NAE_ERA_R-1765_ENSV_Kirjanike_Liit_1945-1955, lk 18
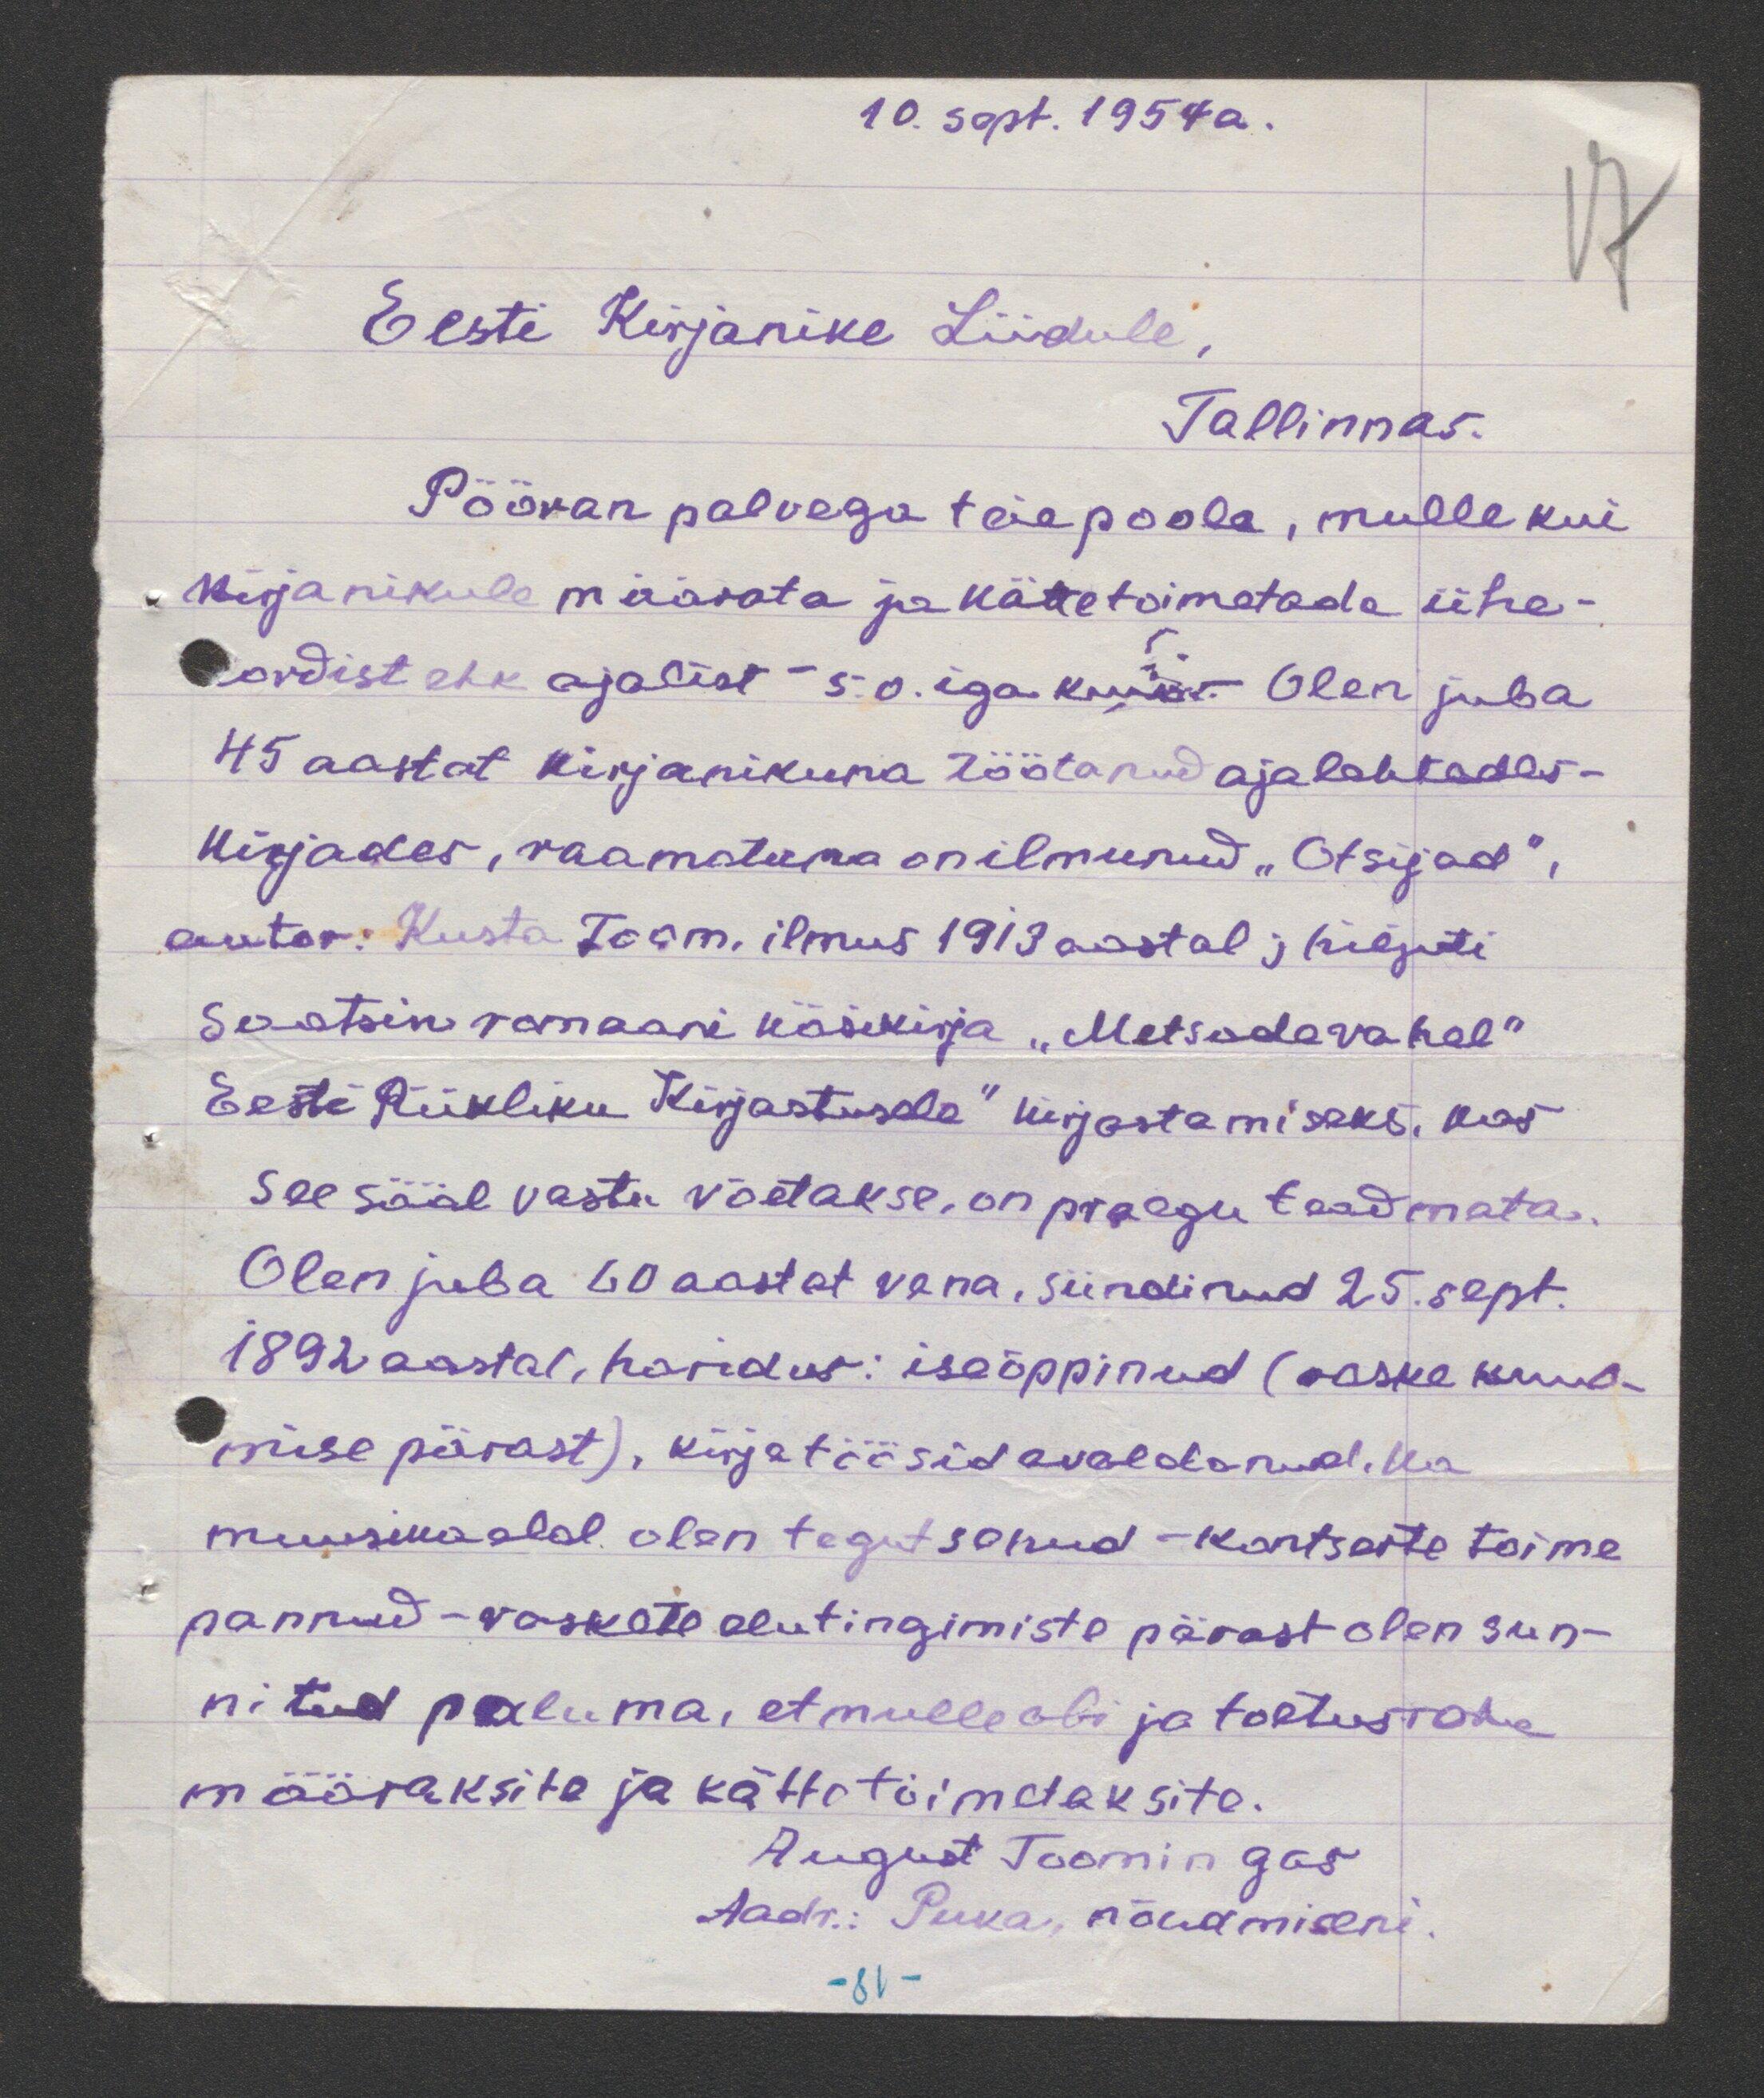
10. sept. 1954a.
Eesti Kirjanike Liidule,
Tallinnas.
Pööran palvega teie poole, mulle kui
kirjanikule määrata ja kättetoimetade ühe-
odist ehk ajalist s.o. iga kuist. Olen juba
45 aastat kirjanikuna töötanud ajalehtedes-
kirjades, raamatuna on ilmunud "Otsijad",
autor. Kusta Toom ilmus 1913 aastal ; hiljuti
saatsin romaani käsikirja "Metsade vahel"
Eesti Riikliku Kirjastusele" kirjastamiseks, kus
see sääl vastu võetakse, on praegu teadmata.
Olen juba 60 aastat vana, sündinud 25. sept.
1892 aastal, haridus: iseõppinud (raske kuul-
mise pärast), kirjatöösid avaldanud. Ka
muusika alal. olen tegutsenud - kontserte toime
pannud - raskete elutingimiste pärast olen sun-
nitud paluma, et mulle abi ja toetusraha
määraksite ja kättetoimetaksite.
August Toomingas
Aadr: Puka, nõudmiseni.